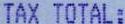
TAX TOTAL: